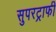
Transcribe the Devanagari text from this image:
सुपरट्राफी